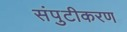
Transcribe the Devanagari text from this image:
संपुटीकरण